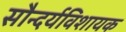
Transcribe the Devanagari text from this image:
सौन्दर्यविशायक